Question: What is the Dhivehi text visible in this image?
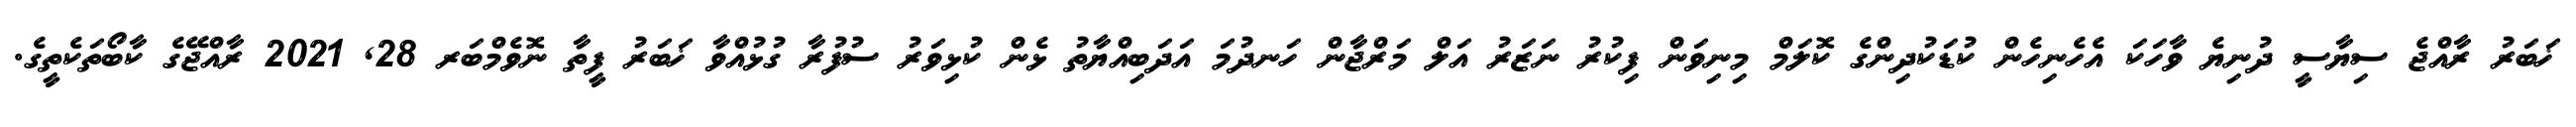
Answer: ޚަބަރު ރާއްޖެ ސިޔާސީ ދުނިޔެ ވާހަކަ އެހެނިހެން ކުޑަކުދިންގެ ކޮލަމް މިނިވަން ފިކުރު ނަޒަރު އަލް މަރްޖާން ހަނދުމަ އަދަބިއްޔާތު ޅެން ކުޅިވަރު ސުފުރާ ގުޅުއްވާ ޚަބަރު ފީތާ ނޮވެމްބަރ 28, 2021 ރާއްޖޭގެ ކާބޯތަކެތީގެ.